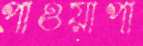
পাওয়াপা